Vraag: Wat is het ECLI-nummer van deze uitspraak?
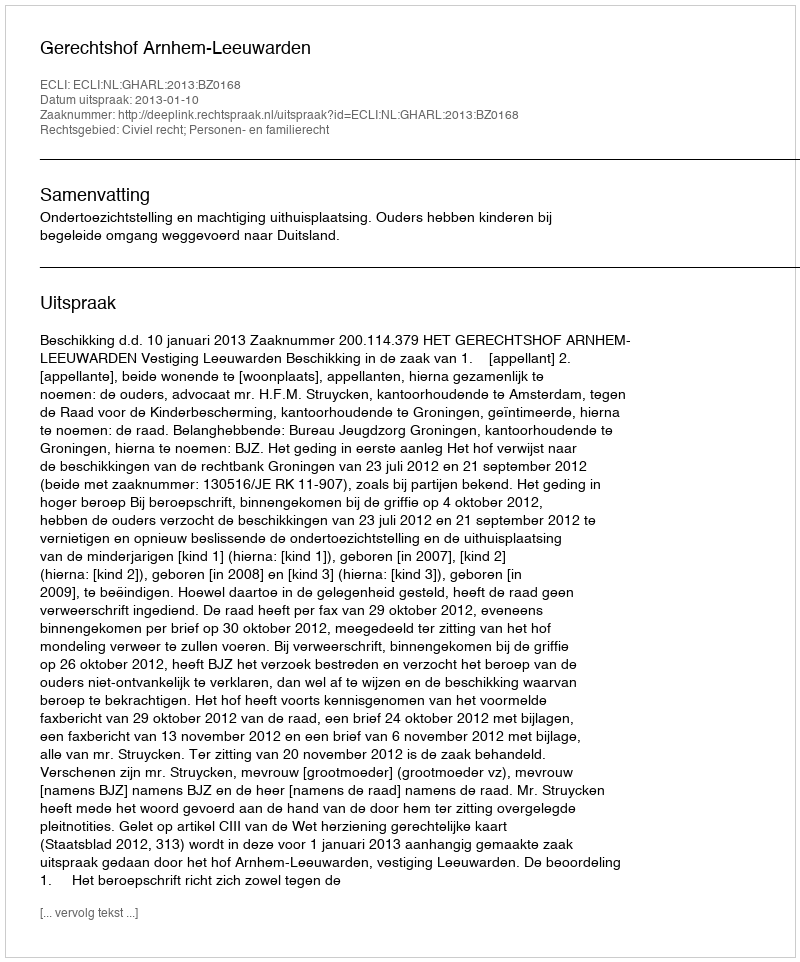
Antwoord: ECLI:NL:GHARL:2013:BZ0168